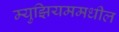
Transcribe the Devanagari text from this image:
म्युझियममधील